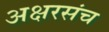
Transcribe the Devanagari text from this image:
अक्षरसंच